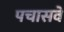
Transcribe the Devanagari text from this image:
पचासवे